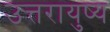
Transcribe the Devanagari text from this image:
उत्तरायुष्य